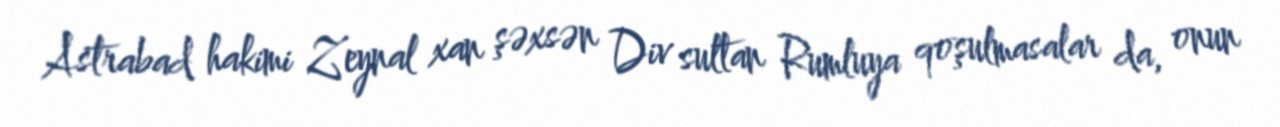
Astrabad hakimi Zeynal xan şəxsən Div sultan Rumluya qoşulmasalar da, onun